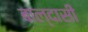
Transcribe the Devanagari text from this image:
बाल्दासी